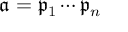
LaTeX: { \mathfrak { a } } = { \mathfrak { p } } _ { 1 } \cdots { \mathfrak { p } } _ { n }